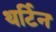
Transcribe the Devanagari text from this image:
थर्टिन